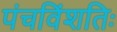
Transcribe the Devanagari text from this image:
पंचविंशतिः